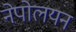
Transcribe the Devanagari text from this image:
नेपोलयन